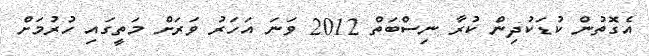
އެގޮތުން ކުޑަކުދިން ކުރާ ނިސްބަތް 2012 ވަނަ އަހަރު ވަރަށް މަތީގައި ހުރުމަށް